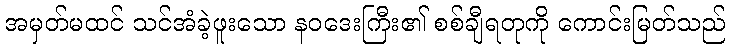
အမှတ်မထင် သင်အံခဲ့ဖူးသော နဝဒေးကြီး၏ စစ်ချီရတုကို ကောင်းမြတ်သည်